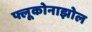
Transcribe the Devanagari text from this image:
फ्लूकोनाझोल